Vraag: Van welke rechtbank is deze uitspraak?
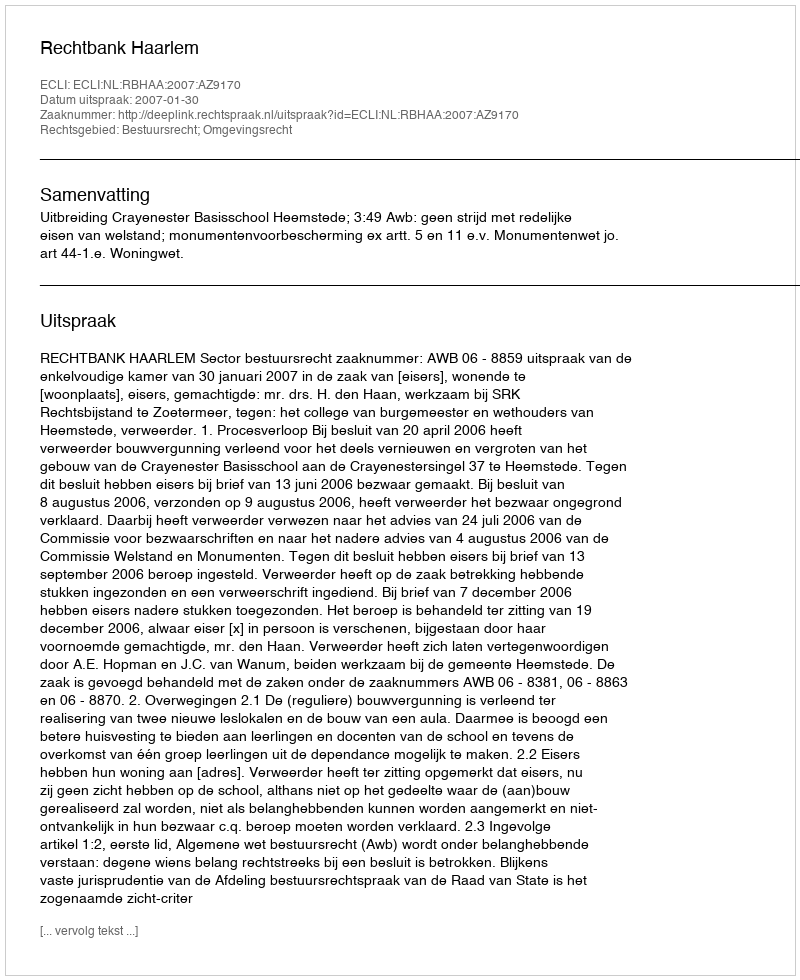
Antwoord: Rechtbank Haarlem